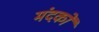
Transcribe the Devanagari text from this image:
मंदकों